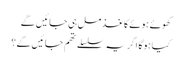
کھوئے ہوئے کاغذ مل ہی جائیں گے
کیا ہوگا اگر یہ سلسلے تھم جائیں گے؟